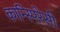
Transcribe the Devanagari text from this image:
कान्स्पिरेसी